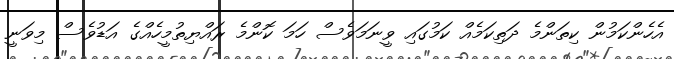
އެހެންކަމުން ކިތަންމެ ދަތިކަމެއް ކަމުގައި ވީނަމަވެސް ހަމަ ކޮންމެ ރައްޔިތުމީހެއްގެ އަޑުވެސް މިވަނީ